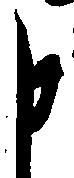
申